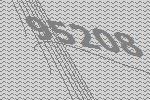
95208